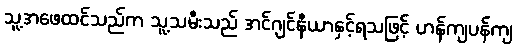
သူ့အဖေထင်သည်က သူ့သမီးသည် အင်ဂျင်နီယာနှင့်ရသဖြင့် ဟန်ကျပန်ကျ